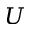
U